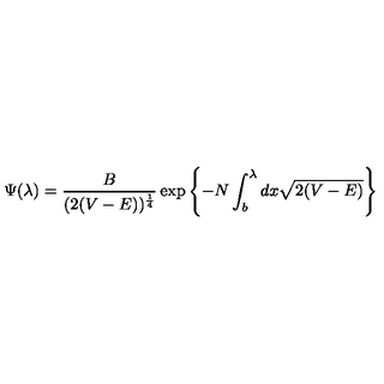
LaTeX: \Psi ( \lambda ) = \frac { B } { ( 2 ( V - E ) ) ^ { \frac { 1 } { 4 } } } \exp \left\{ - N \int _ { b } ^ { \lambda } d x \sqrt { 2 ( V - E ) } \right\}